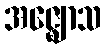
အဇ္ဈောသ